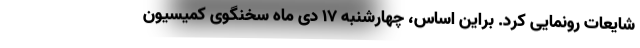
شایعات رونمایی کرد. براین اساس، چهارشنبه ۱۷ دی ماه سخنگوی کمیسیون